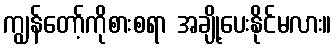
ကျွန်တော့်ကိုစားစရာ အချို့ပေးနိုင်မလား။